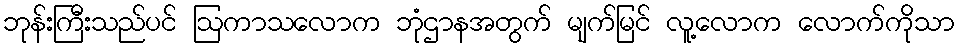
ဘုန်းကြီးသည်ပင် ဩကာသလောက ဘုံဌာနအတွက် မျက်မြင် လူ့လောက လောက်ကိုသာ